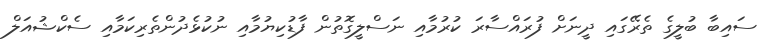
ސައިބާ ބުލީގެ ތެރޭގައި ދީނަށް ފުރައްސާރަ ކުރުމާއި ނަސްލީގޮތުން ފާޑުކިޔުމާއި ނުކުޅެދުންތެރިކަމާއި ސެކްޝުއަލް